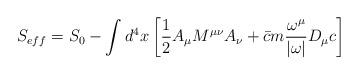
LaTeX: \begin{align*}S_{eff} = S_0 -\int d^4x \left [ \frac{ 1}{2} A_\mu M^{\mu\nu}A_\nu +\bar{c} m \frac{ \omega ^\mu}{|\omega |} D_\mu c \right ]\end{align*}